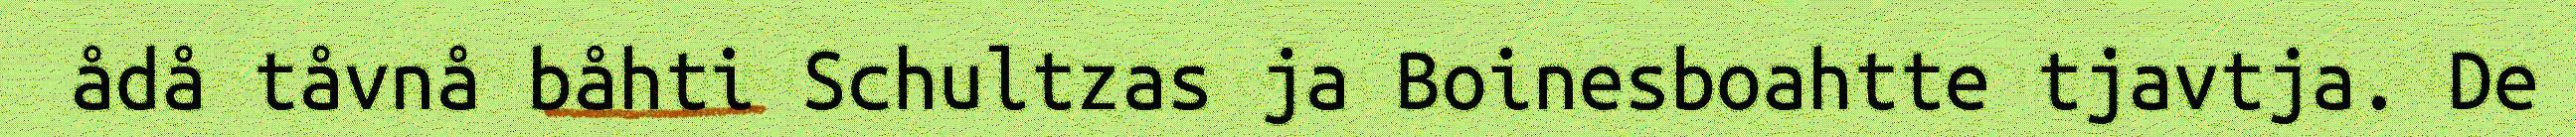
ådå tåvnå båhti Schultzas ja Boinesboahtte tjavtja. De